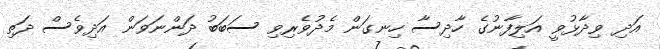
އަދި ވިދާޅުވީ އަލިފާނުގެ ހާދިސާ ހިނގަން މެދުވެރިވި ސަބަބު ދަންނަވަން އަދިވެސް ދަތި